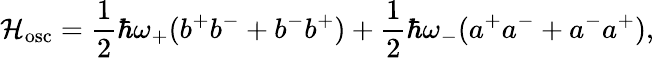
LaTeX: {\cal H}_{\mathrm{osc}}=\frac{1}{2}\hbar\omega_{+}(b^{+}b^{-}+b^{-}b^{+})+\frac{1}{2}\hbar\omega_{-}(a^{+}a^{-}+a^{-}a^{+}),